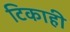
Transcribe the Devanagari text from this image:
टिकाही